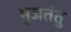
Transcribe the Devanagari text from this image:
भुजतंतु